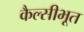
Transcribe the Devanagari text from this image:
कैल्सीभूत